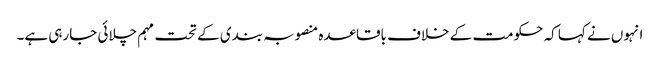
انہوں نے کہا کہ حکومت کے خلاف باقاعدہ منصوبہ بندی کے تحت مہم چلائی جارہی ہے۔